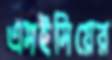
এসইসিয়ের